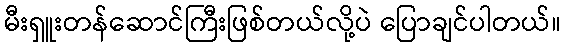
မီးရှူးတန်ဆောင်ကြီးဖြစ်တယ်လို့ပဲ ပြောချင်ပါတယ်။